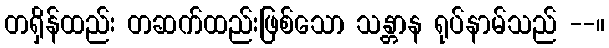
တရှိန်ထည်း တဆက်ထည်းဖြစ်သော သန္တာန ရုပ်နာမ်သည် --။